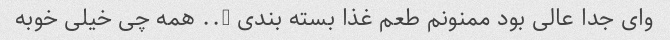
وای جدا عالی بود ممنونم طعم غذا بسته بندی ….. همه چی خیلی خوبه